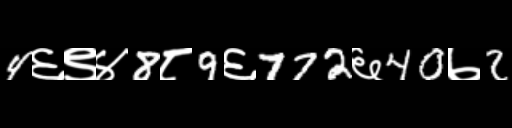
Text: 4६९४8८9६772६40७2